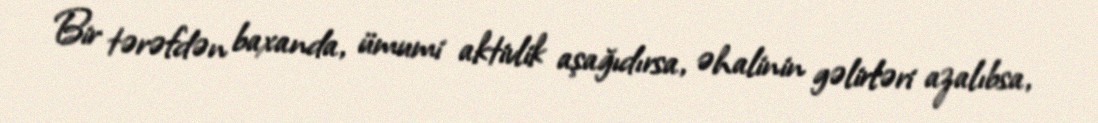
Bir tərəfdən baxanda, ümumi aktivlik aşağıdırsa, əhalinin gəlirləri azalıbsa,